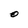
Character: O